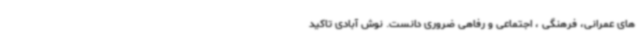
های عمرانی، فرهنگی ، اجتماعی و رفاهی ضروری دانست. نوش آبادی تاکید